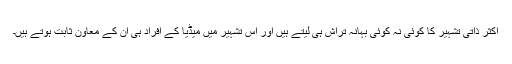
اکثر ذاتی تشہیر کا کوئی نہ کوئی بہانہ تراش ہی لیتے ہیں اور اس تشہیر میں میڈیا کے افراد ہی ان کے معاون ثابت ہوتے ہیں۔